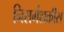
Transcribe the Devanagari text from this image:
निसर्गशक्तीस